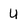
Character: U